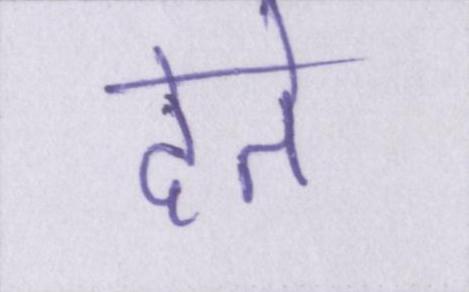
देते